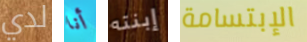
لدي أنا إبنته الإبتسامة